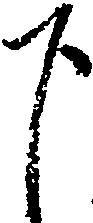
下